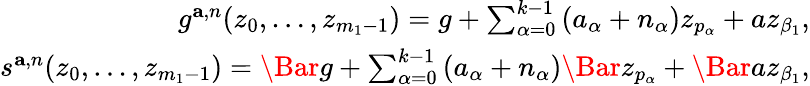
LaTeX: \begin{array}{r}{g^{\mathbf{a},n}(z_{0},\ldots,z_{m_{1}-1})=g+\sum_{\alpha=0}^{k-1}\left(a_{\alpha}+n_{\alpha}\right)z_{p_{\alpha}}+az_{\beta_{1}},}\\ {s^{\mathbf{a},n}(z_{0},\ldots,z_{m_{1}-1})=\Bar{g}+\sum_{\alpha=0}^{k-1}\left(a_{\alpha}+n_{\alpha}\right)\Bar z_{p_{\alpha}}+\Bar{a}z_{\beta_{1}},}\end{array}